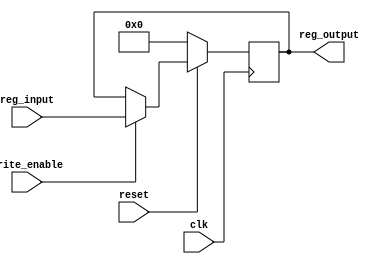
`timescale 1ns / 1ps
//////////////////////////////////////////////////////////////////////////////////
// Company: 
// Engineer: 
// 
// Design Name: 
// Module Name: imm
// Project Name: 
// Target Devices: 
// Tool Versions: 
// Description: 
// 
// Dependencies: 
// 
// Revision:
// Revision 0.01 - File Created
// Additional Comments:
// 
//////////////////////////////////////////////////////////////////////////////////

module imm(
    input clk,
    input reset,
    input write_enable,
    input [31:0] reg_input,
    output reg [31:0] reg_output
    );

    initial begin 
        reg_output <= 32'h0000_0000;
    end

    always @(posedge clk) begin
        if (!reset) begin
            reg_output <= 32'h0000_0000;
        end
        else begin
            if (write_enable) begin
                reg_output <= reg_input;
            end
        end
    end

endmodule